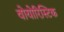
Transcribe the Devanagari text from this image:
वोयोरिस्टिक